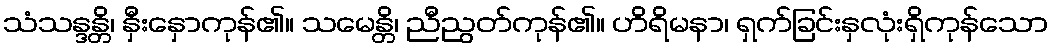
သံသန္ဒန္တိ၊ နှီးနှောကုန်၏။ သမေန္တိ၊ ညီညွတ်ကုန်၏။ ဟိရိမနာ၊ ရှက်ခြင်းနှလုံးရှိကုန်သော